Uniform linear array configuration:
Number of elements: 4
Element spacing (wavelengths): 0.75
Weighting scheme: hamming
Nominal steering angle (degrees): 60
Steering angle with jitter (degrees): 59.351
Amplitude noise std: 0.05
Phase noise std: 0.05

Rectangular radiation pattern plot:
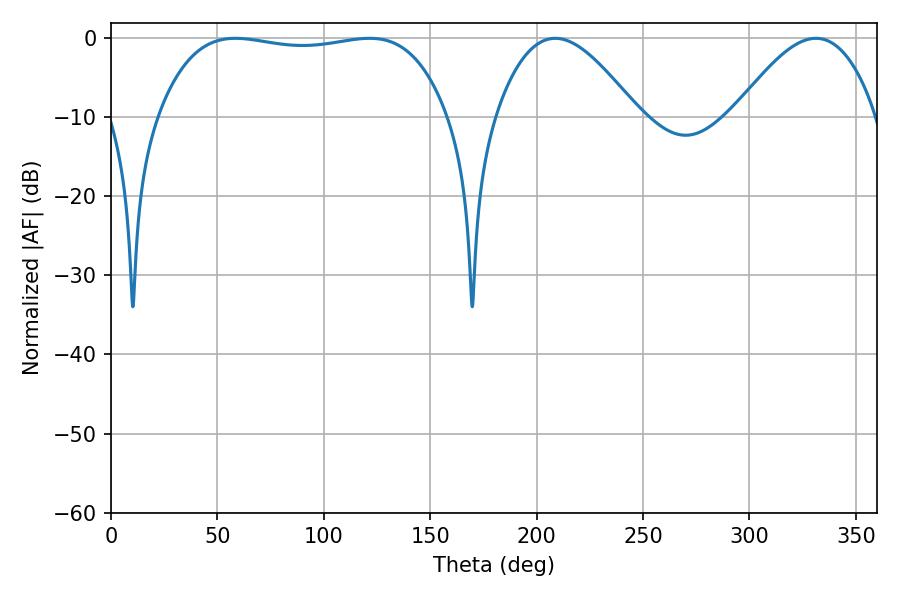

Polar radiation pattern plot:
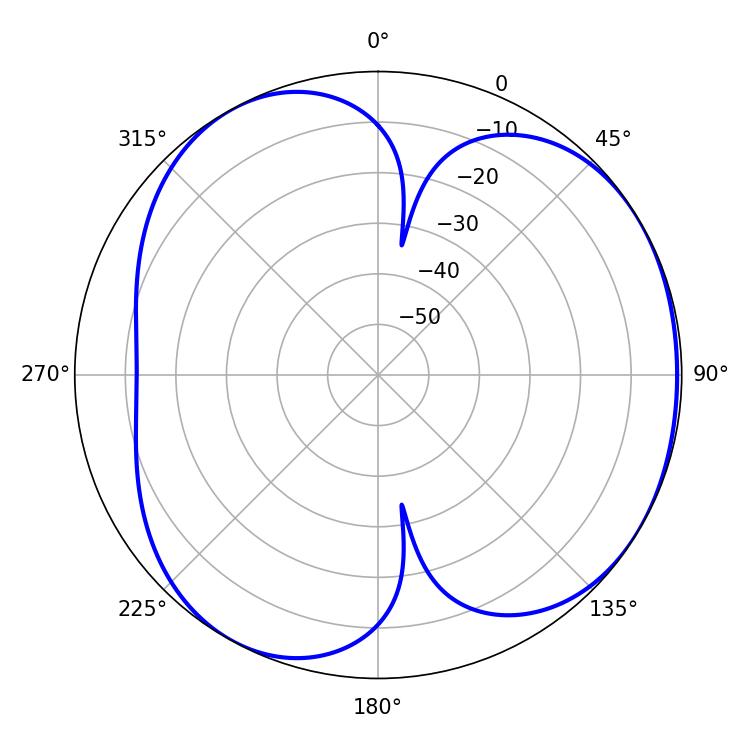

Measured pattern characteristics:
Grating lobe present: TRUE
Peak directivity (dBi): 4.23
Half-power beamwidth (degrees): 108.36
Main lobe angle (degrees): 58.5